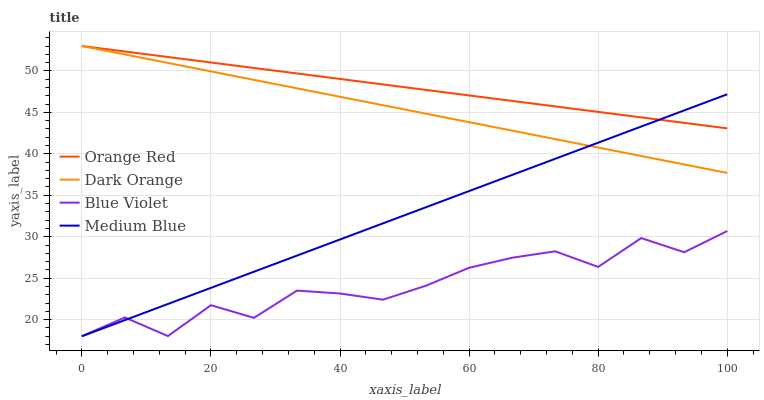
| xaxis_label | Orange Red | Dark Orange | Blue Violet | Medium Blue |
 | --- | --- | --- | --- | --- |
 | 0 | 53 | 53 | 18 | 18 |
 | 6.67 | 52.3 | 52 | 20.3 | 19.9 |
 | 13.3 | 51.7 | 51 | 18 | 21.9 |
 | 20 | 51 | 49.9 | 21.7 | 23.8 |
 | 26.7 | 50.4 | 48.9 | 20.2 | 25.8 |
 | 33.3 | 49.7 | 47.9 | 23.5 | 27.7 |
 | 40 | 49 | 46.9 | 23.2 | 29.7 |
 | 46.7 | 48.4 | 45.9 | 22.4 | 31.6 |
 | 53.3 | 47.7 | 44.8 | 24.1 | 33.6 |
 | 60 | 47 | 43.8 | 26.3 | 35.5 |
 | 66.7 | 46.4 | 42.8 | 27.5 | 37.5 |
 | 73.3 | 45.7 | 41.8 | 28.2 | 39.4 |
 | 80 | 45.1 | 40.8 | 26.4 | 41.3 |
 | 86.7 | 44.4 | 39.7 | 29.8 | 43.3 |
 | 93.3 | 43.7 | 38.7 | 28.1 | 45.2 |
 | 100 | 43.1 | 37.7 | 30.7 | 47.2 |